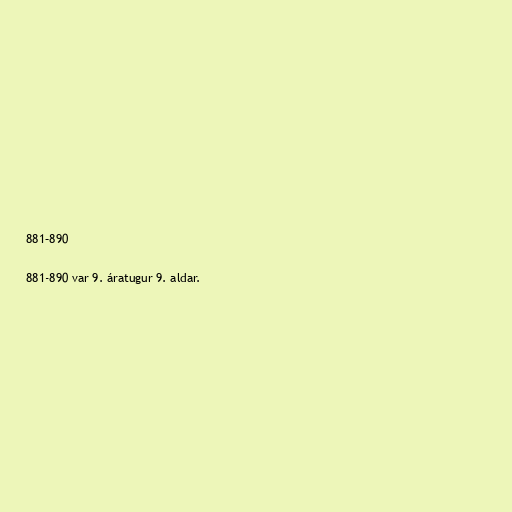
881–890

881-890 var 9. áratugur 9. aldar.